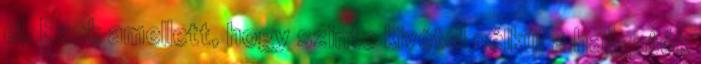
el. Ezek amellett, hogy szinte kivétel nélkül a hallgatók